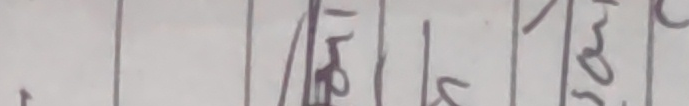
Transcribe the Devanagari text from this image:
- वि